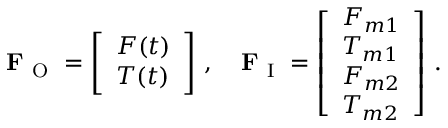
\mathbf { F } _ { \mathrm { ~ O ~ } } = \left[ \begin{array} { l } { F ( t ) } \\ { T ( t ) } \end{array} \right] \, , \quad \mathbf { F } _ { \mathrm { ~ I ~ } } = \left[ \begin{array} { l } { F _ { m 1 } } \\ { T _ { m 1 } } \\ { F _ { m 2 } } \\ { T _ { m 2 } } \end{array} \right] \, .